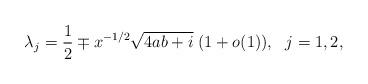
LaTeX: \begin{align*} \lambda_j=\frac{1}{2}\mp x^{-1/2}\sqrt{4ab+i}\; (1+o(1)),~~j=1,2,\end{align*}